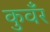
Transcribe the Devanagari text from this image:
कुवँर